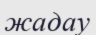
жадау